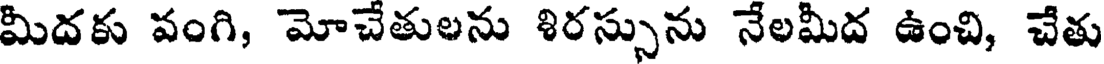
మీదకు పంగి, మోచేతులను శిరస్సును నేలమీద ఉంచి, చేతు